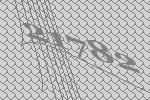
21782